Medical and sanitary report of the native army of Bengal for the year
Year: 1876
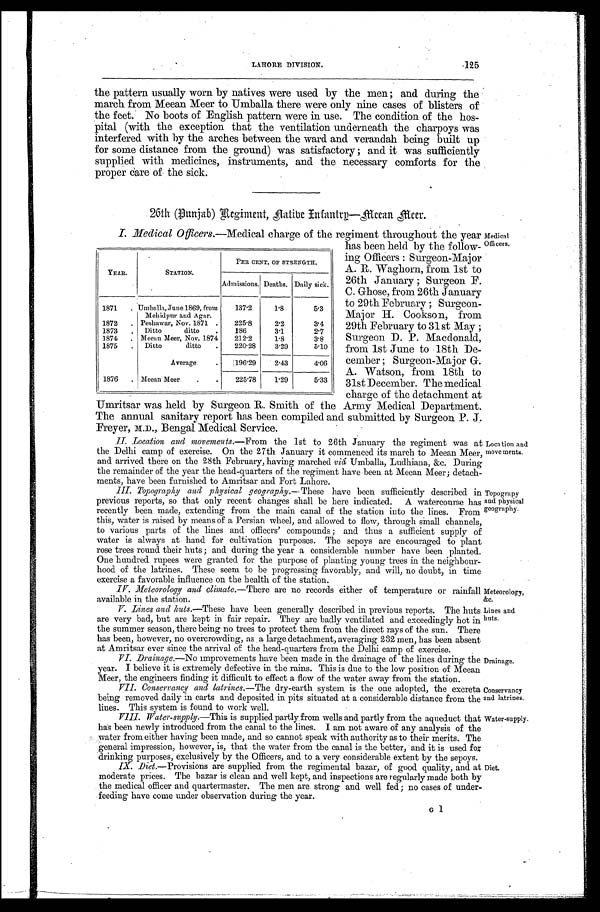
LAHORE DIVISION
125
the pattern usually worn by natives were used by the men; and during the
march from Meean Meer to Umballa there were only nine cases of blisters of
the feet. No boots of English pattern were in use. The condition of the hos
-pital (with the exception that the ventilation underneath the charpoys was
interfered with by the arches between the ward and verandah being built up
for some distance from the ground) was satisfactory; and it was sufficiently
supplied with medicines, instruments, and the necessary comforts for the
proper care of the sick.
26th (Punjab) Regiment, Native Infantry—Meean Meer.
I. Medical Officers. —Medical charge of the regiment throughout the year
has been held by the follow
-ing Officers: Surgeon-Major
A. R. Waghorn, from 1st to
26th January; Surgeon F.
C. Ghose, from 26th January
to 29th February; Surgeon-
Major H. Cookson, from
29th February to 31st May;
Surgeon D. P. Macdonald,
from 1st June to 18th De
-cember; Surgeon-Major G.
A. Watson, from 18th to
31st December. The medical
charge of the detachment at
Umritsar was held by Surgeon R. Smith of the Army Medical Department.
The annual sanitary report has been compiled and submitted by Surgeon P. J.
Freyer, M. D., Bengal Medical Service.
YEAR.
STATION.
PER CENT. OF STRENGTH.
Admissions. Deaths. Daily sick.
1871
Umballa, June 1869, from
Mehidpur and Agar.
137.2
1.8
5.3
1872
Peshawar, Nov. 1871
225.8
2.2
3.4
1873
Ditto ditto
186
3.1
2.7
1874
Meean Meer, Nov. 1874 212.2
1.8
3.8
1875
Ditto ditto
220.28
3.29
5.10
Average
196.29 2.43
4.06
1876
Meean Meer
225.78
1.29
5.33
Medical
Officers.
II. Location and movements. —From the 1st to 26th January the regiment was at
the Delhi camp of exercise. On the 27th January it commenced its march to Meean Meer,
and arrived there on the 28th February, having marched viâ Umballa, Ludhiana, &c. During
the remainder of the year the head-quarters of the regiment have been at Meean Meer; detach
-ments, have been furnished to Amritsar and Fort Lahore.
Location and
movements.
III. Topography and physical geography. —These have been sufficiently described in
previous reports, so that only recent changes shall be here indicated. A watercourse has
recently been made, extending from the main canal of the station into the lines. From
this, water is raised by means of a Persian wheel, and allowed to flow, through small channels,
to various parts of the lines and officers' compounds; and thus a sufficient supply of
water is always at hand for cultivation purposes. The sepoys are encouraged to plant
rose trees round their huts; and during the year a considerable number have been planted.
One hundred rupees were granted for the purpose of planting young trees in the neighbour-
hood of the latrines. These seem to be progressing favorably, and will, no doubt, in time
exercise a favorable influence on the health of the station.
Topograpy
and physical
geography.
IV. Meteorology and climate. —There are no records either of temperature or rainfall
available in the station.
Meteorology,
&c.
V. Lines and huts.—These have been generally described in previous reports. The huts
are very bad, but are kept in fair repair. They are badly ventilated and exceedingly hot in
the summer season, there being no trees to protect them from the direct rays of the sun. There
has been, however, no overcrowding, as a large detachment, averaging 232 men, has been absent
at Amritsar ever since the arrival of the head-quarters from the Delhi camp of exercise.
Lines and
huts.
VI. Drainage. —No improvements have been made in the drainage of the lines during the
year. I believe it is extremely defective in the rains. This is due to the low position of Meean
Meer, the engineers finding it difficult to effect a flow of the water away from the station.
Drainage.
VII. Conservancy and latrines. —The dry-earth system is the one adopted, the excreta
being removed daily in carts and deposited in pits situated at a considerable distance from the
lines. This system is found to work well.
Conservancy
and latrines.
VIII.
Water-supply.—This is supplied partly from wells and partly from the aqueduct that
has been newly introduced from the canal to the lines. I am not aware of any analysis of the
water from either having been made, and so cannot speak with authority as to their merits. The
general impression, however, is, that the water from the canal is the better, and it is used for
drinking purposes, exclusively by the Officers, and to a very considerable extent by the sepoys.
Water-supply.
IX. Diet.—Provisions are supplied from the regimental bazar, of good quality, and at
moderate prices. The bazar is clean and well kept, and inspections are regularly made both by
the medical officer and quartermaster. The men are. strong and well fed; no cases of under
-feeding have come under observation during the year.
Diet.
G l
1